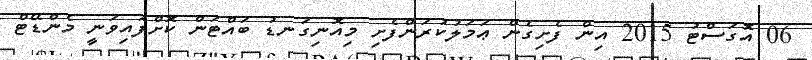
06 އޮގަސްޓު 2015 އިން ފެށިގެން ޢަމަލުކުރަންފެށި މިއޮނިގަނޑު ބައްޓަން ކޮށްފައިވަނީ މެންޑޭޓް